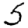
Digit: 5